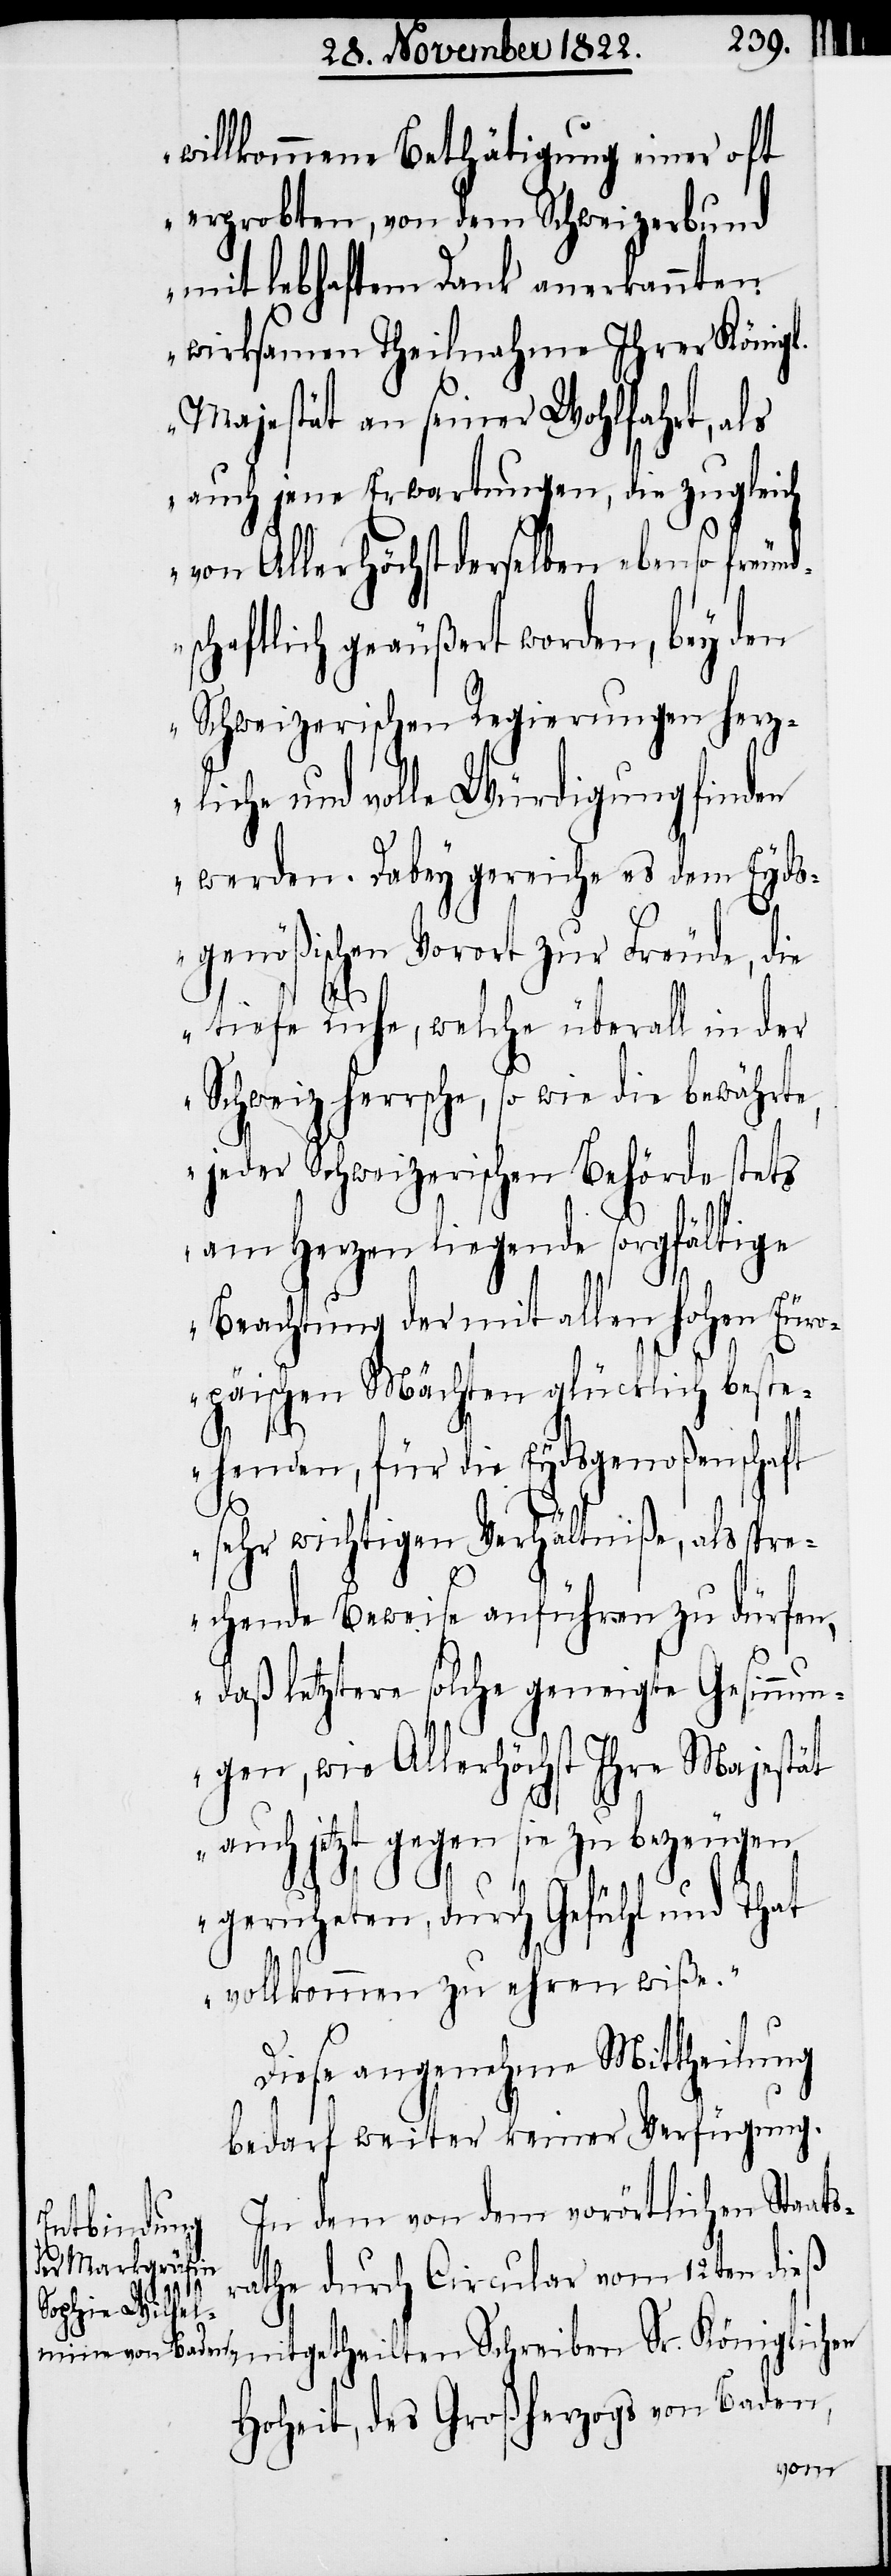
willkommene Bethätigung einer oft
erprobten, von dem Schweizerbund
mit lebhaftem Dank anerkannten
wirksamen Theilnahme Ihrer Königl.
Majestät an seiner Wohlfahrt, als
auch jene Erwartungen, die zugleich
von Allerhöchstderselben ebenso freund¬
schaftlich geäußert worden, bey den
Schweizerischen Regierungen herz¬
liche und volle Würdigung finden
werden. Dabey gereiche es dem Eyds¬
genößischen Vorort zur Freude, die
Sr.
tiefe Ruhe, welche überall in der
Schweiz herrsche, so wie die bewährte,
jeder Schweizerischen Behörde stets
am Herzen liegende sorgfältige
Beachtung der mit allen hohen Euro¬
päischen Mächten glücklich beste¬
henden, für die Eydsgenoßenschaft
sehr wichtigen Verhältniße, als spre¬
chende Beweise anführen zu dürfen,
daß letztere solche geneigte Gesinnun¬
gen, wie Allerhöchst Ihre Majestät
auch jetzt gegen sie zu bezeugen
geruheten, durch Gefühl und That
vollkommen zu ehren wiße.“
Diese angenehme Mittheilung
bedarf weiter keiner Verfügung.
In dem von dem vorörtlichen Staats¬
rathe durch Circular vom 12ten dieß
Hoheit, des Großherzogs von Baden,